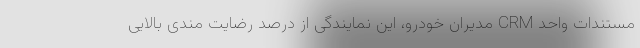
مستندات واحد CRM مدیران خودرو، این نمایندگی از درصد رضایت مندی بالایی